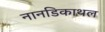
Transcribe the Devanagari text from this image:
नानडिकाथल